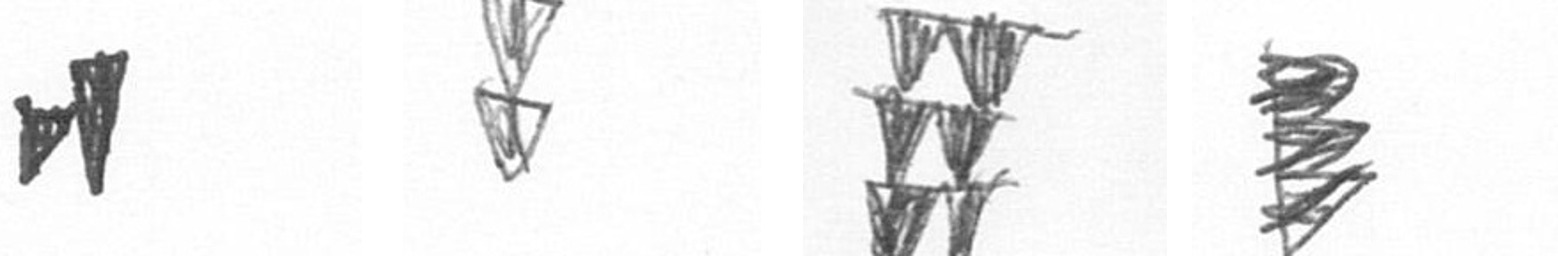
M Z Y H